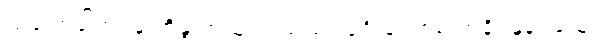
ယခု အခါတွင်မူ ဟိန္ဒူအယူဝါဒသည် လူဦးရေ ၈၅ ရာခိုင်နှုန်း ခံယူ